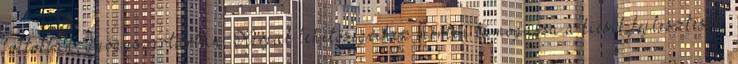
boltokban, gyógyszertárban. Kérjük lehetőségeihez mérten támogassa a kicsik fejlesztését,